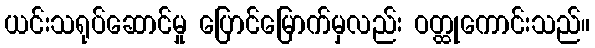
ယင်းသရုပ်ဆောင်မှု ပြောင်မြောက်မှလည်း ဝတ္ထုကောင်းသည်။